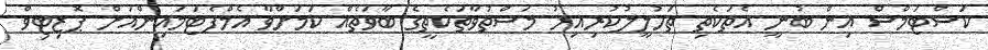
ކަސްޓަމްސް އިން ބުނީ އެތަަކެތި ތަހުލީލުކުރިއިރު މަސްތުވާތަކެތީގެ ބާވަތެއް ކަމަށްވާ އެމްފެޓަމައިންއަށް ޕޮޒިޓިވް